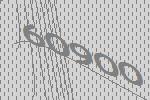
60900